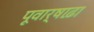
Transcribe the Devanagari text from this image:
पूवार्षाढ़ा